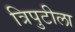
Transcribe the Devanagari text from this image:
त्रिपुटीला